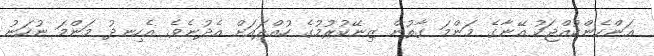
އަންހެންކުއްޖަކު އޭނާގެ މަންމަ ގާތުން ޒިނޭކުރުމުގެ ހުއްދައަށް އެދުނެވެ. އެހިނދު މަންމަ ނުހަނު